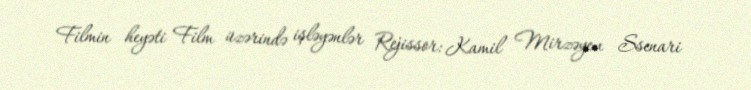
Filmin heyəti Film üzərində işləyənlər Rejissor: Kamil Mirzəyev Ssenari